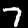
Label: 7